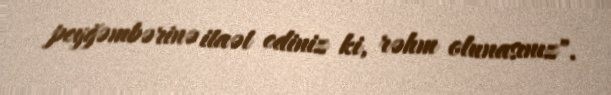
peyğəmbərinə itaət ediniz ki, rəhm olunasınız".